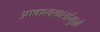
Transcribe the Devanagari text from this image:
आवश्यकतांमुळे